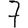
Digit: 7